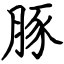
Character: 豚